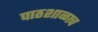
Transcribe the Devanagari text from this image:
पाठशाळाच